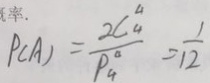
P ( A ) = \frac { 2 C _ { 4 } ^ { 4 } } { P _ { 4 } ^ { 4 } } = \frac { 1 } { 1 2 }